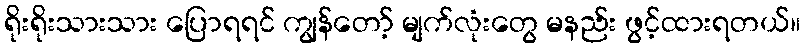
ရိုးရိုးသားသား ပြောရရင် ကျွန်တော့် မျက်လုံးတွေ မနည်း ဖွင့်ထားရတယ်။